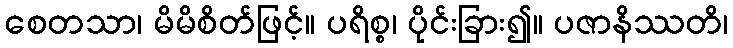
စေတသာ၊ မိမိစိတ်ဖြင့်။ ပရိစ္စ၊ ပိုင်းခြား၍။ ပဇာနိဿတိ၊